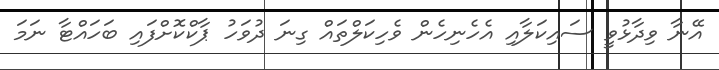
އޭނާ ވިދާޅުވީ ސައިކަލާއި އެހެނިހެން ވެހިކަލްތައް ގިނަ ދުވަހު ޕާކްކޮށްފައި ބަހައްޓާ ނަމަ